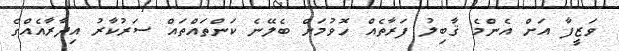
ވަޒީފާ އަށް އެންމެ ޤާބިލު ފަރާތެއް ހޮވުމަށް ބެލޭނެ ކަންތައްތައް ސަރުކާރު އިދާރާއެއްގެ